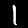
Digit: 1